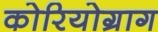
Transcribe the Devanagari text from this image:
कोरियोग्राग